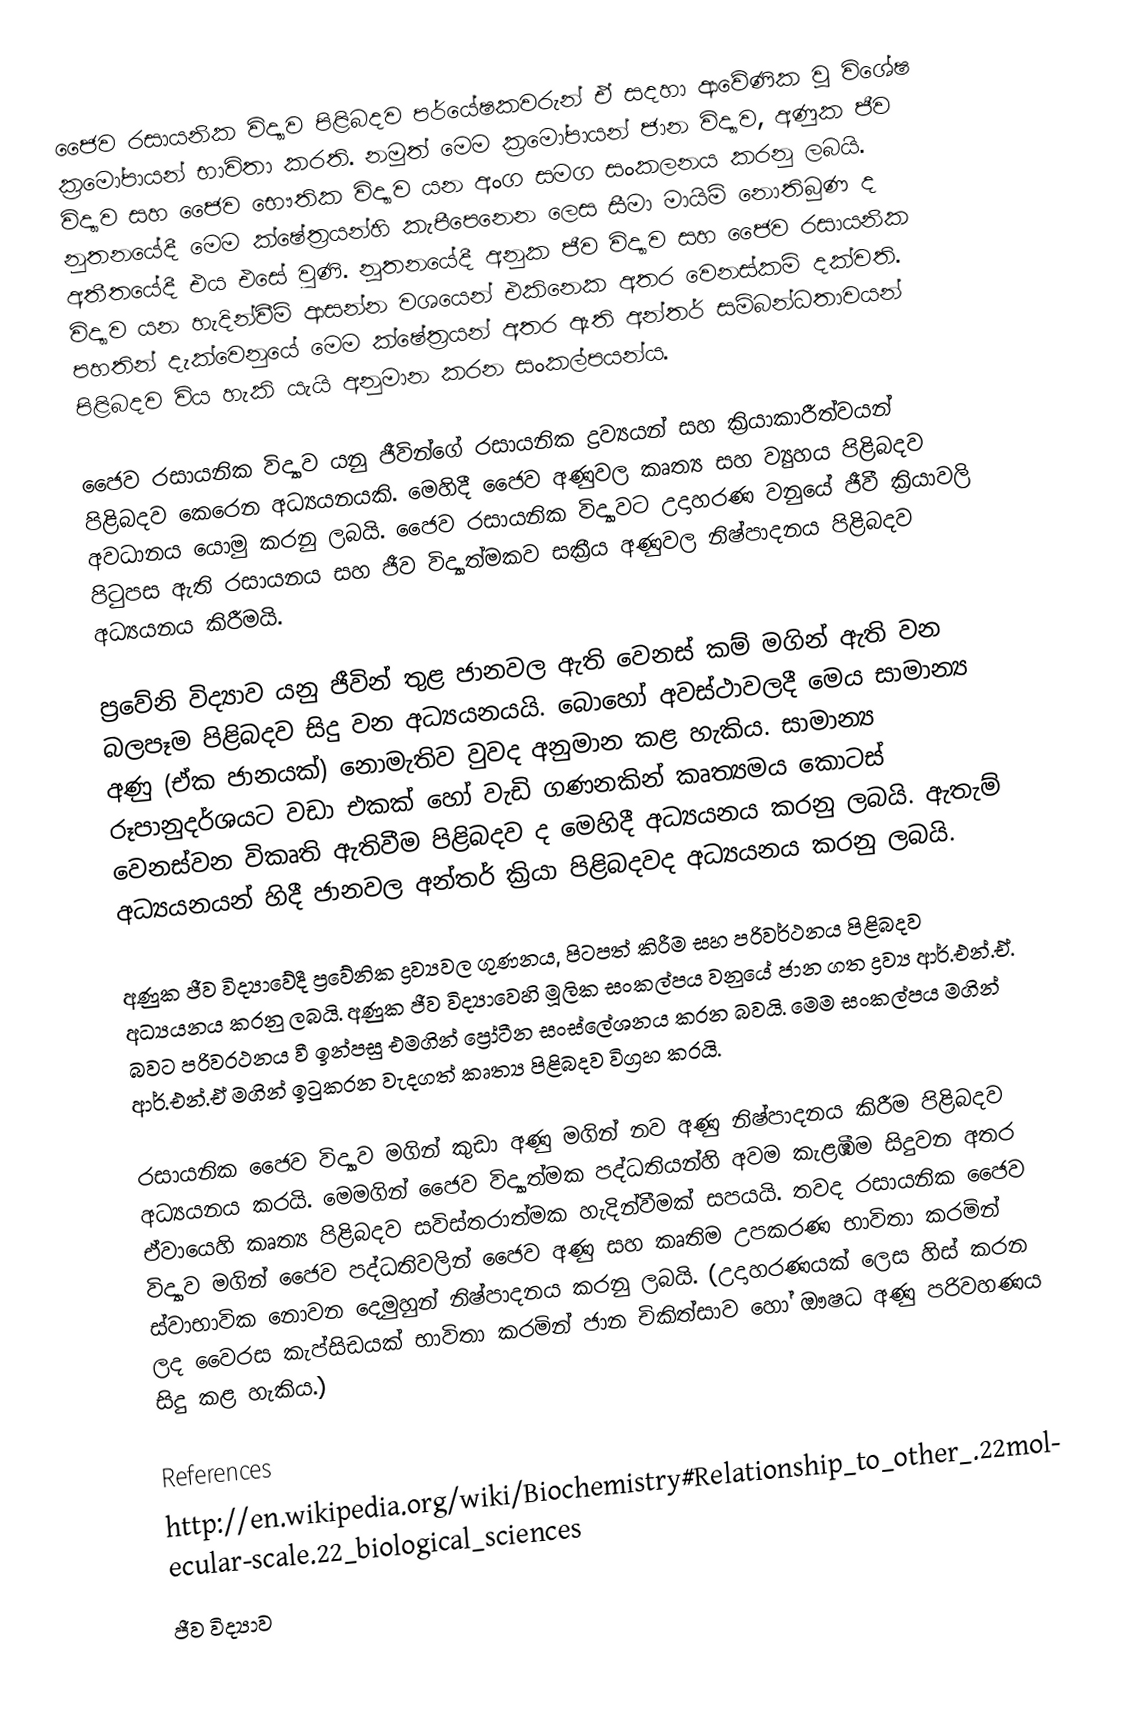
ජෛව රසායනික විද්‍යාව පිළිබදව පර්යේෂකවරුන් ඒ සදහා ආවේණික වූ විශේෂ ක්‍රමෝපායන් භාවිතා කරති. නමුත් මෙම ක්‍රමෝපායන් ජාන විද්‍යාව, අණුක ජීව විද්‍යාව සහ  ජෛව භෞතික විද්‍යාව යන අංග සමග සංකලනය කරනු ලබයි. නුතනයේදී මෙම ක්ෂේත්‍රයන්හි කැපීපෙනෙන ලෙස සීමා මායිම් නොතිබුණ ද අතීතයේදී එය එසේ වුණි. නූතනයේදී අනුක ජීව විද්‍යාව සහ ජෛව රසායනික විද්‍යාව යන හැදින්වීම් ආසන්න වශයෙන් එකිනෙක අතර වෙනස්කම් දක්වති. පහතින් දැක්වෙනුයේ මෙම ක්ෂේත්‍රයන් අතර ඇති අන්තර් සම්බන්ධතාවයන් පිළිබදව විය හැකි යැයි අනුමාන කරන සංකල්පයන්ය. ‍

	ජෛව රසායනික විද්‍යාව යනු ජීවින්ගේ රසායනික ද්‍රව්‍යයන් සහ ක්‍රියාකාරීත්වයන් පිළිබදව කෙරෙන අධ්‍යයනයකි. මෙහිදී ජෛව අණුවල කෘත්‍ය සහ ව්‍යුහය පිළිබදව අවධානය යොමු කරනු ලබයි. ජෛව රසායනික විද්‍යාවට උදාහරණ වනුයේ ජීවී ක්‍රියාවලි පිටුපස ඇති රසායනය සහ ජීව විද්‍යාත්මකව සක්‍රීය අණුවල නිෂ්පාදනය පිළිබදව අධ්‍යයනය කිරීමයි.

      ප්‍රවේනි විද්‍යාව යනු ජීවින් තුළ ජානවල ඇති වෙනස් කම් මගින් ඇති වන බලපෑම පිළිබදව සිදු වන අධ්‍යයනයයි. බොහෝ අවස්ථාවලදී මෙය සාමාන්‍ය අණු (ඒක ජානයක්) නොමැතිව වුවද අනුමාන කළ හැකිය. සාමාන්‍ය රූපානුදර්ශයට වඩා එකක් හෝ වැඩි ගණනකින් කෘත්‍යමය කොටස් වෙනස්වන විකෘති ඇතිවීම පිළිබදව ද මෙහිදී අධ්‍යයනය කරනු ලබයි. ඇතැම් අධ්‍යයනයන් හිදී ජානවල අන්තර් ක්‍රියා පිළිබදවද  අධ්‍යයනය කරනු ලබයි.

	අණුක ජීව විද්‍යාවේදී ප්‍රවේනික ද්‍රව්‍යවල ගුණනය, පිටපත් කිරීම සහ පරිවර්ථනය පිළිබදව අධ්‍යයනය කරනු ලබයි. අණුක ජීව විද්‍යාවෙහි මූලික සංකල්පය වනුයේ ජාන ගත ද්‍රව්‍ය ආර්.එන්.ඒ. බවට පරිවරථනය වී ඉන්පසු එමගින් ප්‍රෝටීන සංස්ලේශනය කරන බවයි. මෙම සංකල්පය මගින් ආර්.එන්.ඒ මගින් ඉටුකරන වැදගත් කෘත්‍ය පිළිබදව විග්‍රහ කරයි.

	රසායනික ජෛව විද්‍යාව මගින් කුඩා අණු මගින් නව අණු නිෂ්පාදනය කිරීම පිළිබදව අධ්‍යයනය කරයි. මෙමගින් ජෛව විද්‍යාත්මක පද්ධතියන්හි අවම කැළඹීම සිදුවන අතර ඒවායෙහි කෘත්‍ය පිළිබදව සවිස්තරාත්මක හැදින්වීමක් සපයයි. තවද රසායනික ජෛව විද්‍යාව මගින් ජෛව පද්ධතිවලින් ජෛව අණු සහ කෘතිම උපකරණ භාවිතා කරමින් ස්වාභාවික නොවන දෙමුහුන් නිෂ්පාදනය කරනු ලබයි. (උදාහරණයක් ලෙස හිස් කරන ලද වෛරස කැප්සිඩයක් භාවිතා කරමින් ජාන චිකිත්සාව හෝ ඖෂධ අණු පරිවහණය සිදු කළ හැකිය.)

References
http://en.wikipedia.org/wiki/Biochemistry#Relationship_to_other_.22molecular-scale.22_biological_sciences
ජීව විද්‍යාව